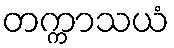
တက္ကာသယံ